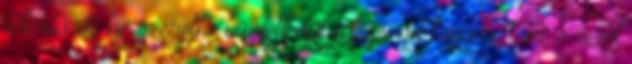
édesítő Ki ne szeretne büntetlenül édességet fogyasztani, s ezzel